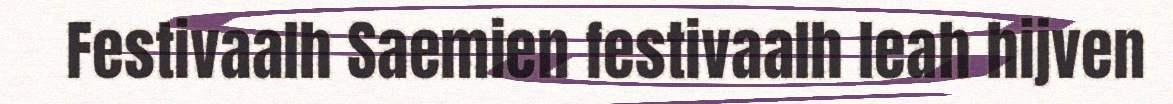
Festivaalh Saemien festivaalh leah hijven